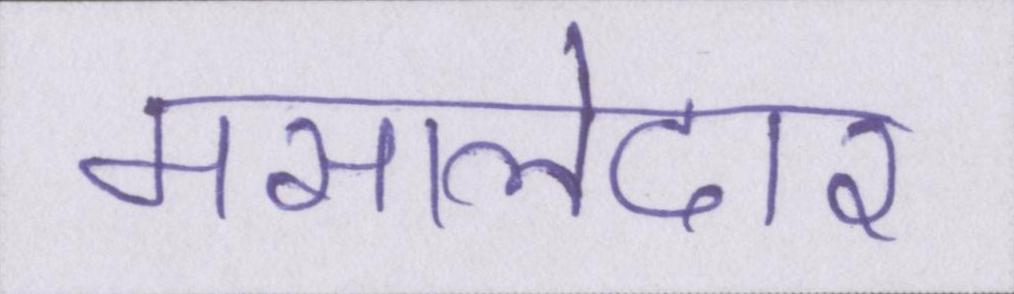
मसालेदार